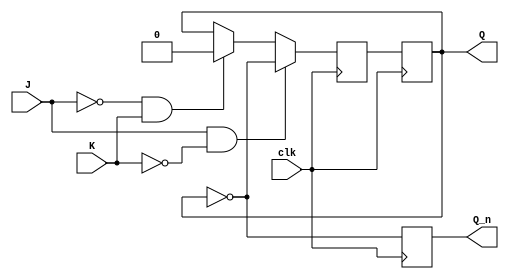
module JK_flip_flop_NEGedge (
    input J, 
    input K,
    input clk,
    output reg Q,
    output reg Q_n
);

reg Q_temp;

always @(negedge clk) begin
    if (J & ~K) begin
        Q_temp <= ~Q;
    end else if (~J & K) begin
        Q_temp <= 1'b0;
    end else if (J & K) begin
        Q_temp <= Q;
    end else begin
        Q_temp <= Q;
    end
end

always @(posedge clk) begin
    Q <= Q_temp;
    Q_n <= ~Q;
end

endmodule